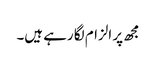
مجھ پر الزام لگا رہے ہیں۔